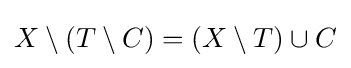
X\setminus (T\setminus C)=(X\setminus T)\cup C